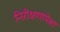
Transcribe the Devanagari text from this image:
निरीक्षणांपेक्षा